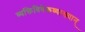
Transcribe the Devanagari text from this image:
व्यक्तिविवेकव्याख्यान्‌